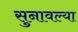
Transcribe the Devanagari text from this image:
सुनावल्या